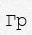
Гр